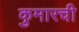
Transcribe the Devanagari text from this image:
कुमारची